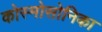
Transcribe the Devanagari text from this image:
कोस्मोसोनिका